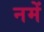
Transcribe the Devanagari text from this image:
नमें